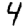
Digit: 4